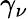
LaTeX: \gamma_{\nu}